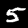
Label: 5